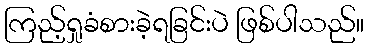
ကြည့်ရှုခံစားခဲ့ရခြင်းပဲ ဖြစ်ပါသည်။